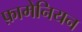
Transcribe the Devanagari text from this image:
फ़ामेनियन